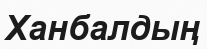
Ханбалдың